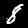
Digit: 8